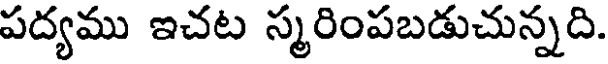
పద్యము ఇచట స్మరింపబడుచున్నది.